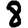
Digit: 8